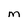
Character: M